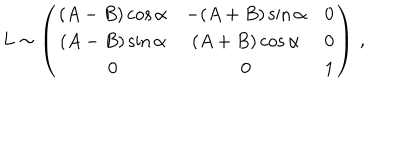
LaTeX: L \sim \left( \begin{matrix} { { ( A - B ) \cos \alpha } } & { { - ( A + B ) \sin \alpha } } & { { 0 } } \\ { { ( A - B ) \sin \alpha } } & { { ( A + B ) \cos \alpha } } & { { 0 } } \\ { { 0 } } & { { 0 } } & { { 1 } } \\ \end{matrix} \right) \, ,